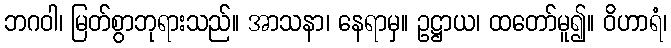
ဘဂဝါ၊ မြတ်စွာဘုရားသည်။ အာသနာ၊ နေရာမှ။ ဥဋ္ဌာယ၊ ထတော်မူ၍။ ဝိဟာရံ၊